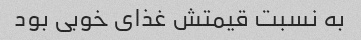
به نسبت قیمتش غذای خوبی بود